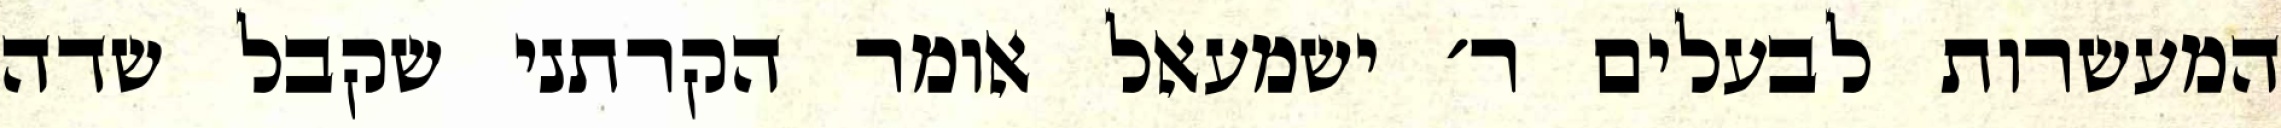
המעשרות לבעלים ר׳ ישמעאל אומר הקרתני שקבל שדה